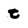
Character: t